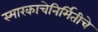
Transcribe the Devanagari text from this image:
स्मारकाचेनिर्मितीचे